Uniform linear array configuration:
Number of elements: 8
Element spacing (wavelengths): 1
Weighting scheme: exponential
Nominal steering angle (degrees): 45
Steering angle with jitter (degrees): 46.51
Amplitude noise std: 0.05
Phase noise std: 0.05

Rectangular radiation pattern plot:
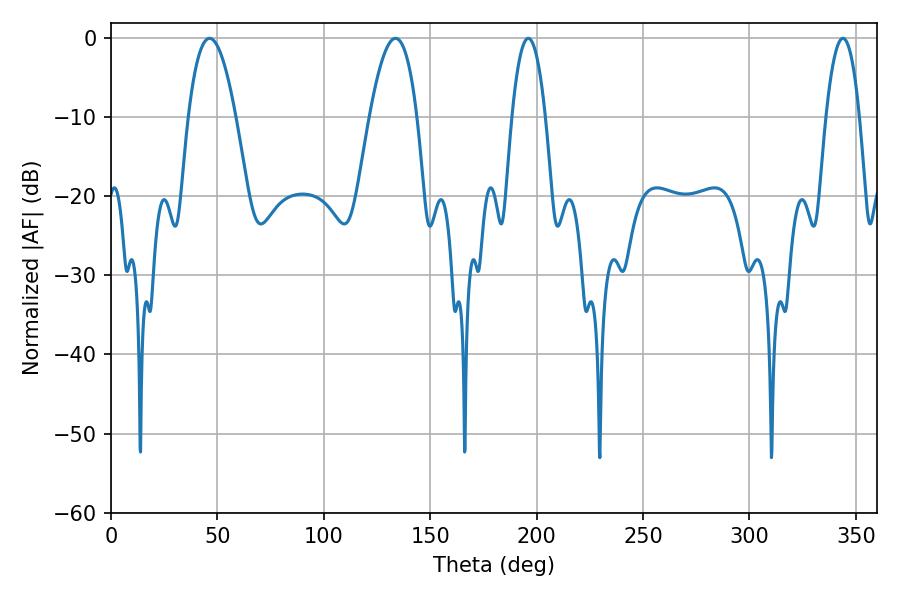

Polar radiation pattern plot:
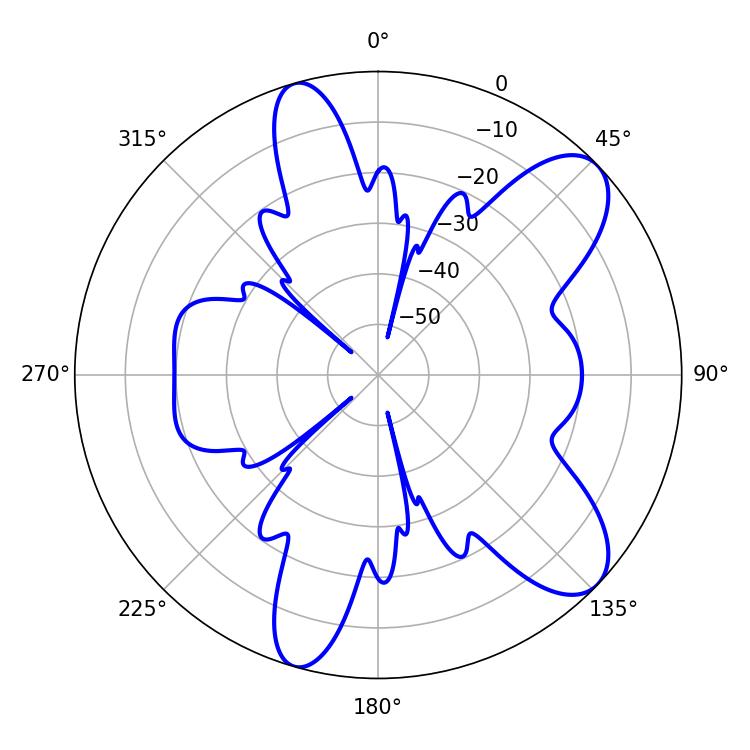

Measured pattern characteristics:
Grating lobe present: TRUE
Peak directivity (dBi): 9.181
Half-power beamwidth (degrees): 12.24
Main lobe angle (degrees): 46.26